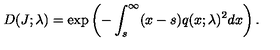
D ( J ; \lambda ) = \exp \left( - \int _ { s } ^ { \infty } ( x - s ) q ( x ; \lambda ) ^ { 2 } d x \right) .